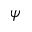
\psi